65_HS1-834228961_62-HQ-83894_Serial_130
Agency: FBI
Page 26
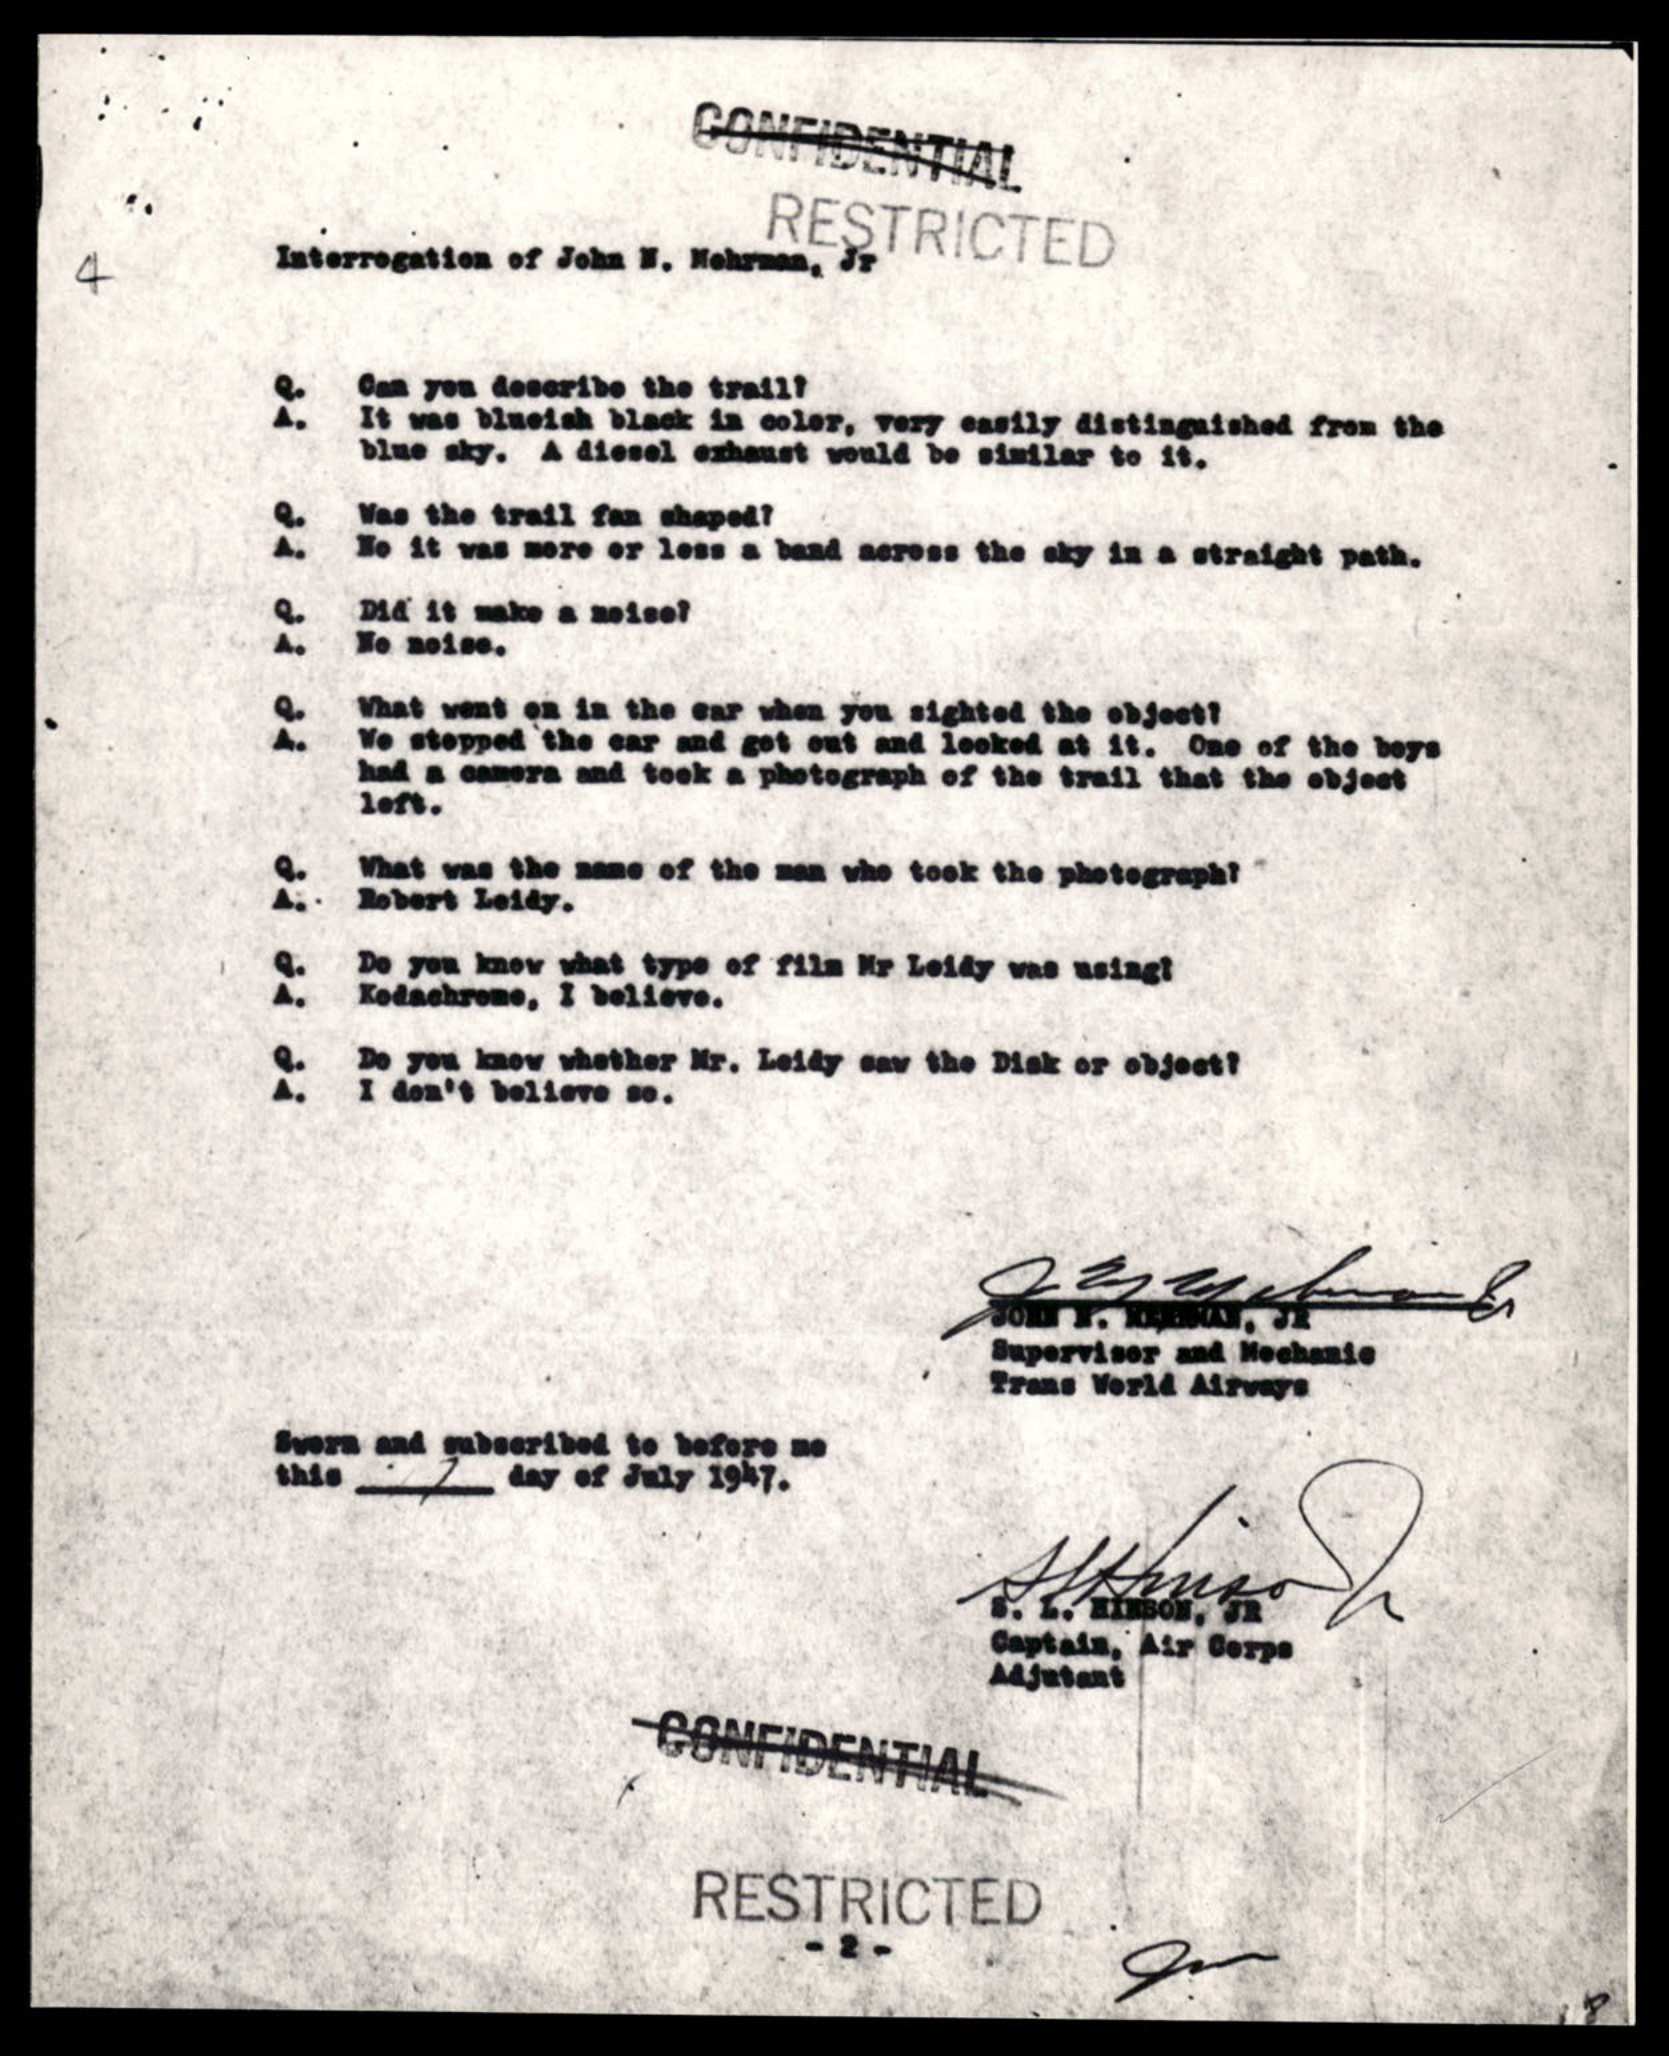